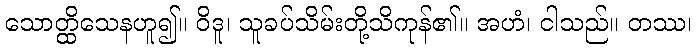
သောတ္ထိသေနဟူ၍။ ဝိဒူ၊ သူခပ်သိမ်းတို့သိကုန်၏။ အဟံ၊ ငါသည်။ တဿ၊